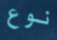
نوع